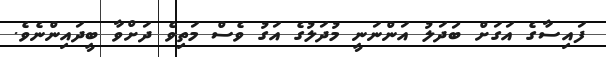
ފައިސާގެ އަގަށް ބަދަލު އަންނަނީ މުދަލުގެ އަގު ވެސް މަތިވެ ދަށްވާ ބީދައިންނެވެ.